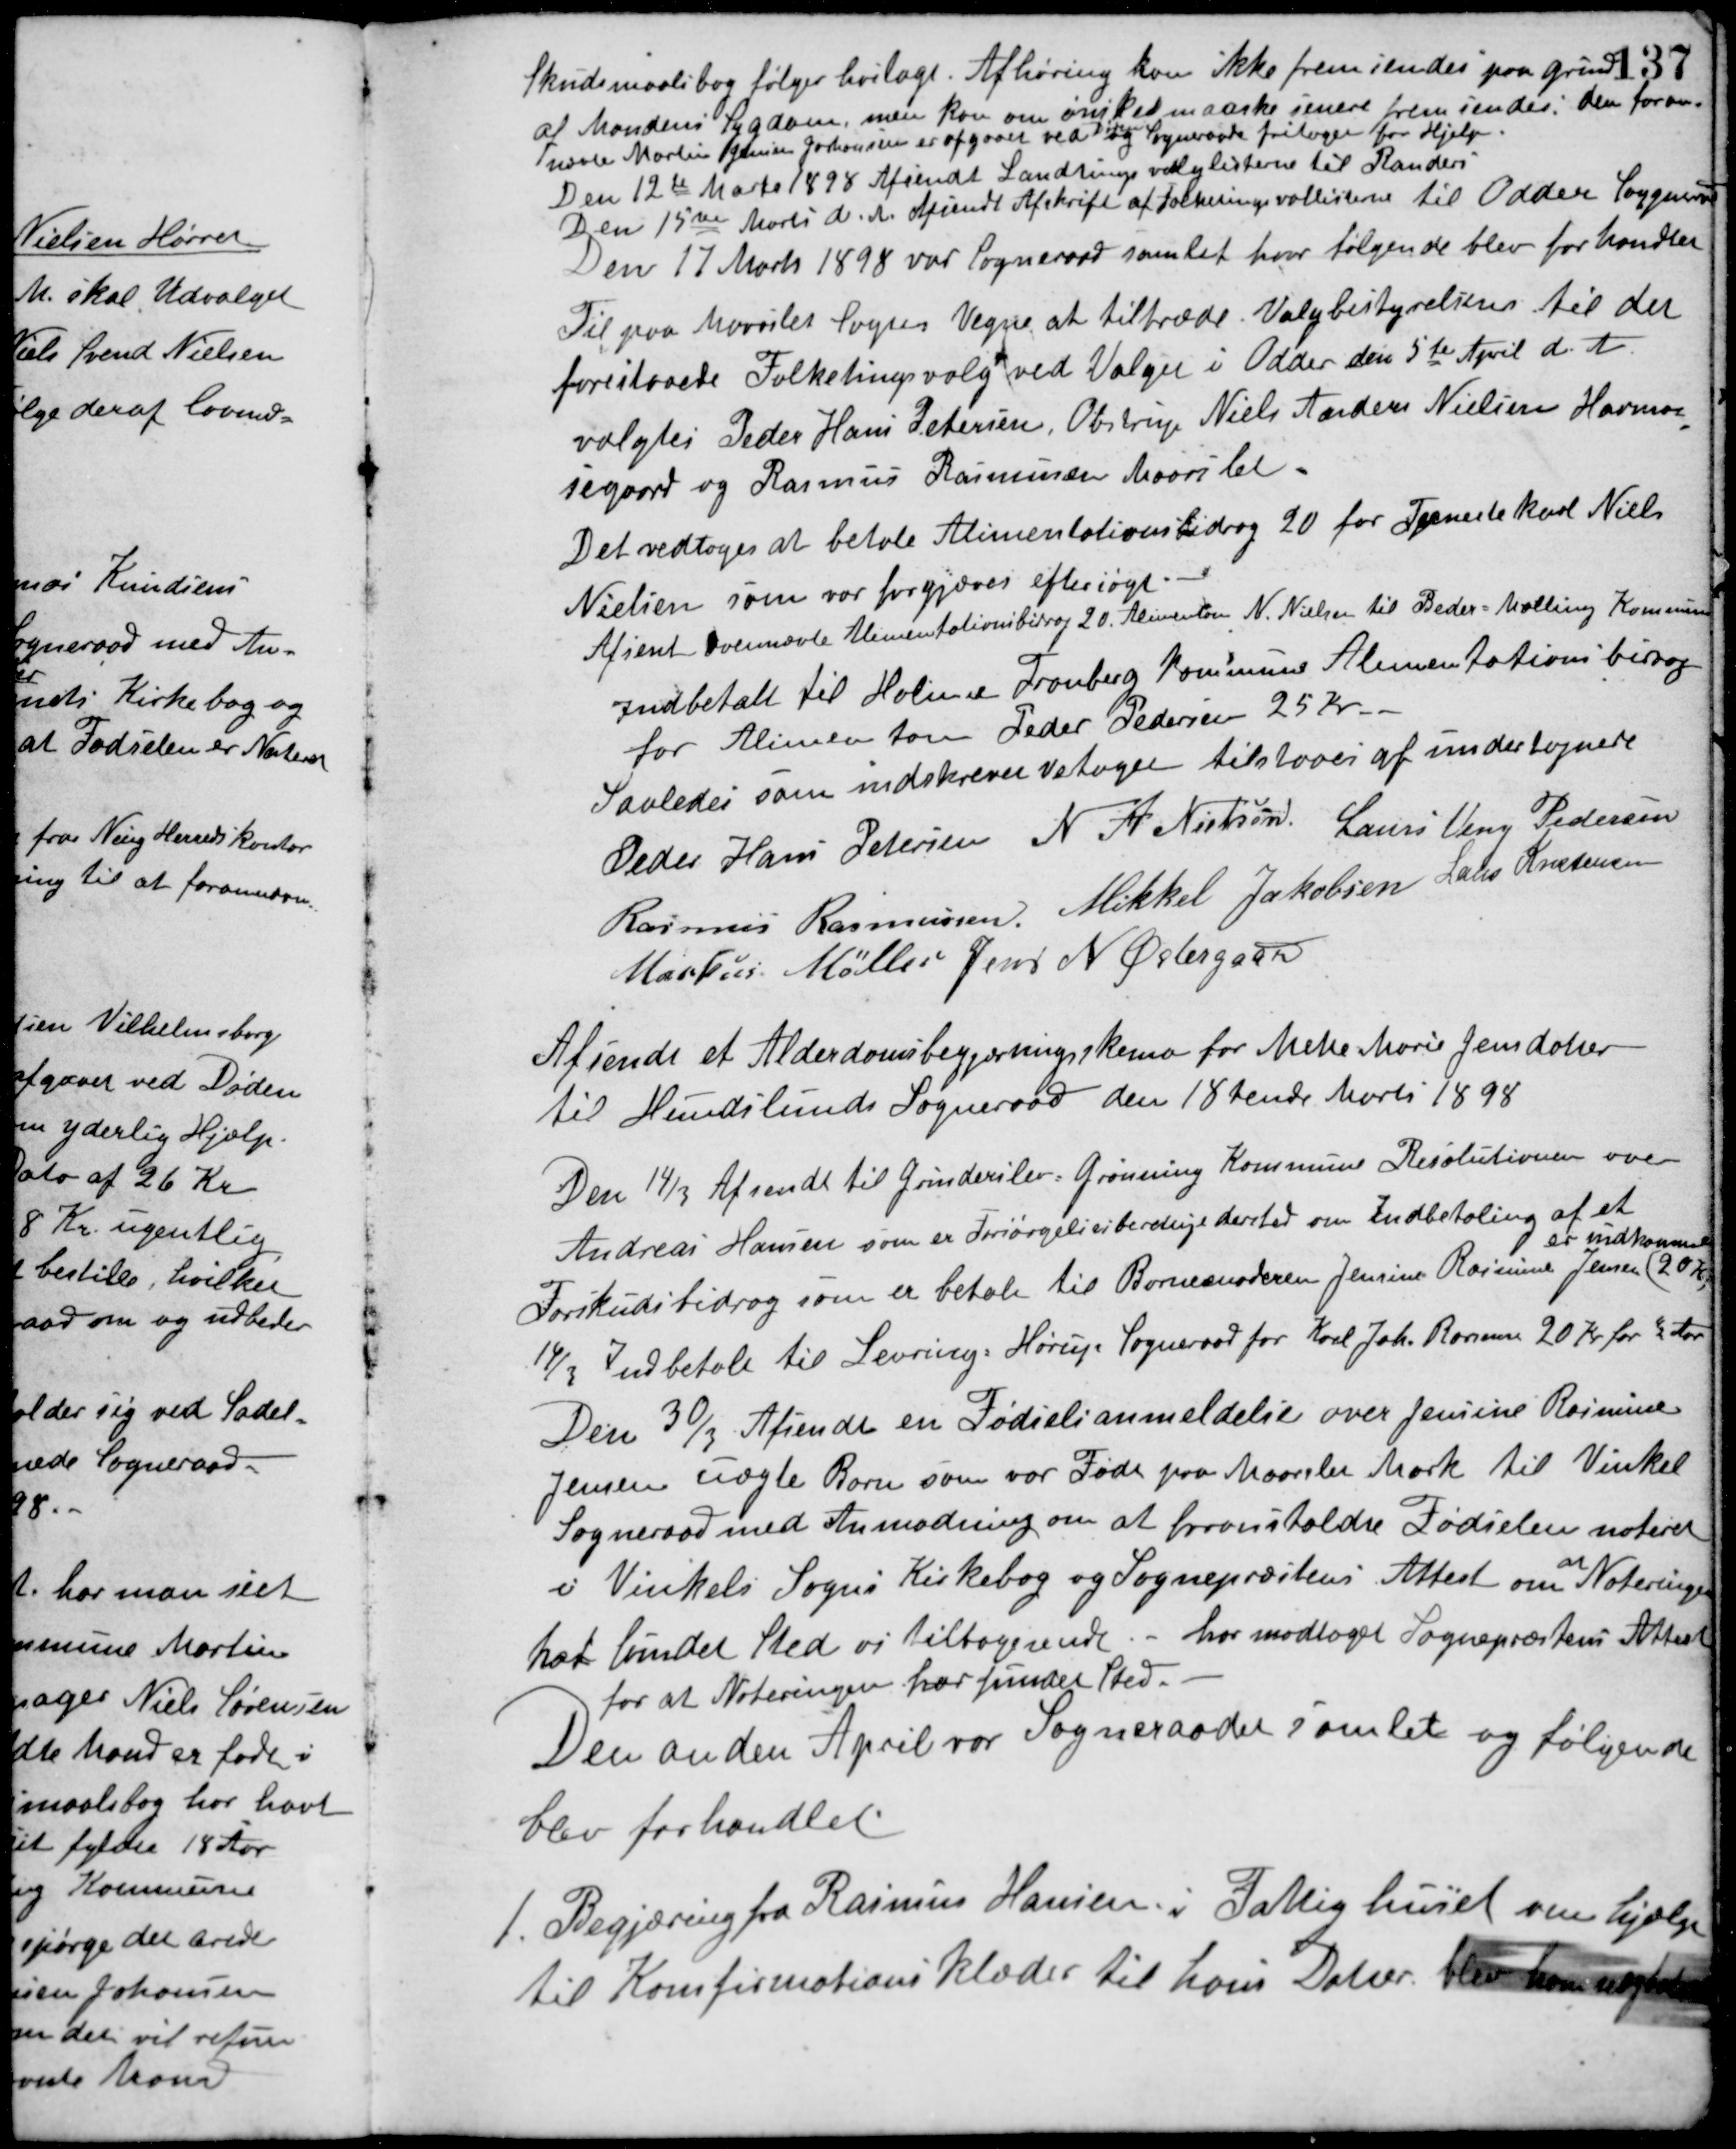
Transskription:
Skudsmaalsbog følger hoslagt. Afhøring kan ikke fremsendes paa Grund
af Mandens Sygdom, men kan om ønsket maaske senere fremsendes, den foran-
nævnte Martin Jensen Johansen er afgaaet ved
Døden
og Sogneraadet fritages for Hjælp.
Den 12te Marts 1898 Afsendt Landstingsvalglisterne til Randers.
Den 15de Marts d. A. Afsendt Afskrift af Folketingsvallisterne til Odder Sogneraad.
Den 17 Marts 1898 var Sogneraad samlet hvor følgende blev forhandlet
Til paa Maarslet Sogns Vegne at tiltræde Valgbestyrelsen til det
forestaaede Folketingsvalg ved Valget i Odder den 5te April d. A.
valgtes Peder Hans Petersen, Obstrup Niels Anders Nielsen Havmo-
segaard og Rasmus Rasmussen Maarslet.
Det vedtoges at betale Alimentationsbidrag 20 for Tjenestekarl Niels
Nielsen som var forgjæves eftersøgt.
Afsent ovennævne Alimentationsbidrag 20. Alimenten, N. Nielsen til Beder-Malling Kommune.
Indbetalt til Holme Tranberg Kommune Alimentationsbidrag
for Alimenten Peder Pedersen 25 Kr.
Saaledes som indskrevet vetaget tilstaaes af undertegnede
Peder Hans Petersen N. A. Nielsen Laurs Veng Pedersen
Rasmus Rasmussen Mikkel Jakobsen Laus Kristensen
Markus Møller Jens N. Østergaard
Afsendt et Alderdomsbegjæringsskema for Mette Marie Jensdatter
til Hundslunds Sogneraad den 18 dende Marts 1898
Den 14/3 Afsendt til Grunderslev-Grønning Kommune Resolutionen over
Andreas Hansen som er Forsørgelsesberetige dertil om Indbetaling af et
Forskudsbidrag som er betalt til Barnemoderen Jensine Rasmine Jensen (20 Kr.)
er indkommet
14/3 Indbetalt til Levring-Hørup Sogneraad for Karl Joh. Rossus 20 Kr. for ½ Aar.
Den 30/3 Afsendt en Fødselsanmeldelse over Jensine Rasmine
Jensens uægte Barn som var Født paa Maarslev Mark til Vinkel
Sogneraad med Anmodning om at foransholde Fødselen noteret
i Vinkels Sogns Kirkebog og Sognepræstens Attest om
at
Noteringen
har fundet Sted vi tilbagesende. - har modtaget Sognepræstens Attest
for at Noteringen har fundet Sted.
Den anden April var Sogneraadet samlet og følgende
blev forhandlet.
1. Begjæring fra Rasmus Hansen i Fattighuset om hjælp
til Konfirmationsklæder til hans Datter, blev ham nægtet.